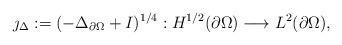
LaTeX: \begin{align*}\jmath_\Delta := (-\Delta_{\partial\Omega} + I)^{1/4}:H^{1/2}(\partial\Omega)\longrightarrow L^2(\partial\Omega),\end{align*}